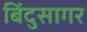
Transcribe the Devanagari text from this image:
बिंदुसागर